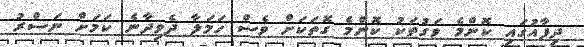
ދިފާއުގައި ކޮންމެ ވަގުތަކު ކޮންމެ ގޮތަކަށް ވެސް ހަމަލާ ދެވިދާނެ ކަމަށް ނަސްރު